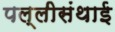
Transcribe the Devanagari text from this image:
पल्‍लीसंथाई